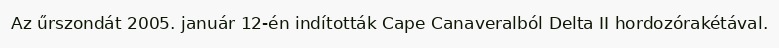
Az űrszondát 2005. január 12-én indították Cape Canaveralból Delta II hordozórakétával.